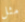
مثل